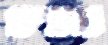
גוצים